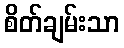
စိတ်ချမ်းသာ